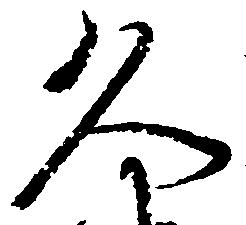
久